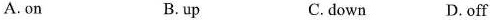
A. on B.up C.down D.off